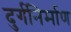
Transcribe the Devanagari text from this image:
दुर्गनिर्माण